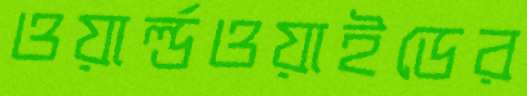
ওয়ার্ল্ডওয়াইডের